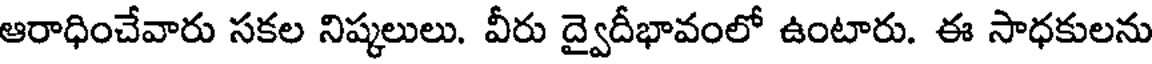
ఆరాధించేవారు సకల నిష్కలులు. వీరు ద్వైదీభావంలో ఉంటారు. ఈ సాధకులను